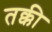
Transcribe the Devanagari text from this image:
तक्की